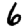
Digit: 6